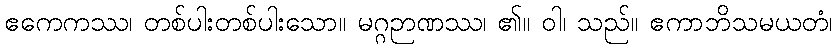
ဧကေကဿ၊ တစ်ပါးတစ်ပါးသော။ မဂ္ဂဉာဏဿ၊ ၏။ ဝါ၊ သည်။ ဧကာဘိသမယတံ၊